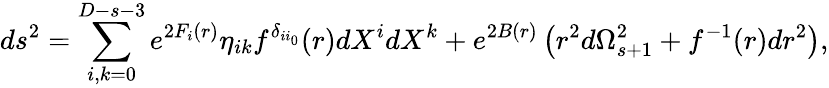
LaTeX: ds^{2}=\sum_{i,k=0}^{D-s-3}e^{2F_{i}(r)}\eta_{ik}f^{\delta_{ii_{0}}}(r)dX^{i}dX^{k}+e^{2B(r)}\left(r^{2}d\Omega_{s+1}^{2}+f^{-1}(r)dr^{2}\right),